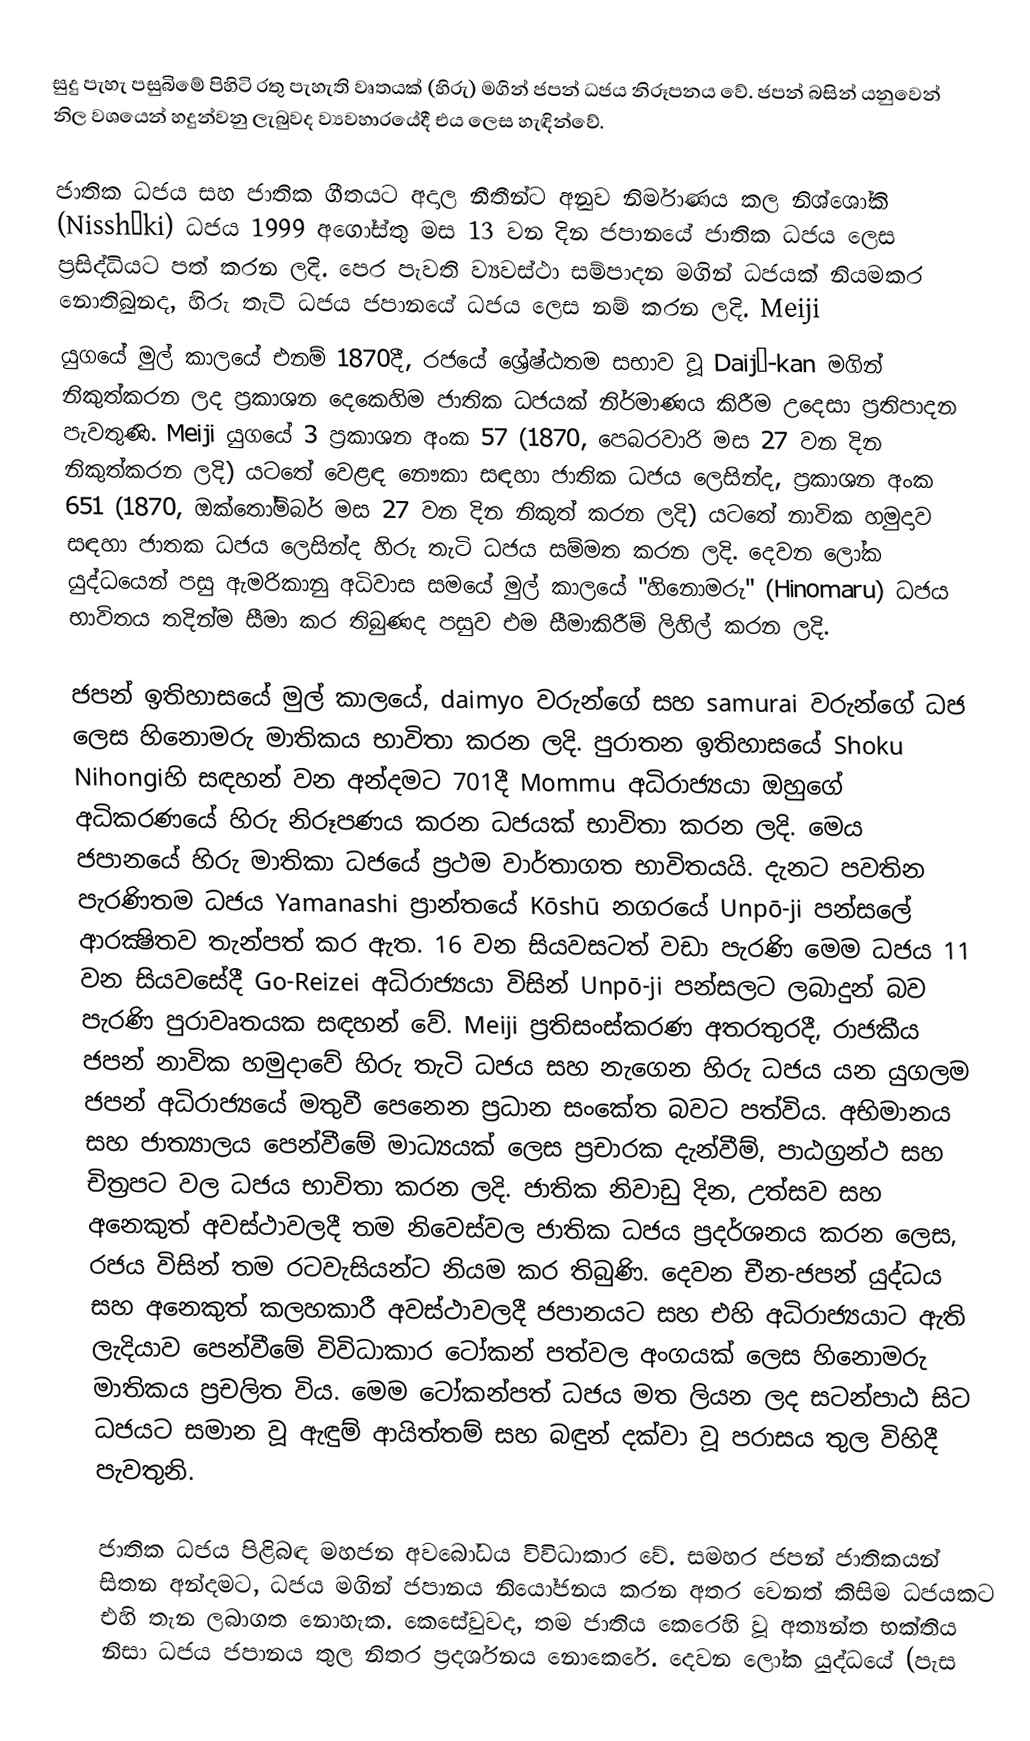
සුදු පැහැ පසුබිමේ පිහිටි රතු පැහැති වෘතයක් (හිරු) මගින් ජපන් ධජය නිරූපනය වේ. ජපන් බසින්    යනුවෙන් නිල වශයෙන් හදුන්වනු ලැබුවද ව්‍යවහාරයේදී එය  ලෙස හැඳින්වේ.

ජාතික ධජය සහ ජාතික ගීතයට අදාල නීතීන්ට අනුව නිර්මාණය කල නිශ්ශෝකි (Nisshōki) ධජය 1999 අගෝස්තු මස 13 වන දින ජපානයේ ජාතික ධජය ලෙස ප්‍රසිද්ධියට පත් කරන ලදි. පෙර පැවති ව්‍යවස්ථා සම්පාදන මගින්  ධජයක් නියමකර නොතිබුනද, හිරු තැටි ධජය ජපානයේ  ධජය ලෙස නම් කරන ලදි. Meiji
යුගයේ මුල් කාලයේ එනම් 1870දී, රජයේ ශ්‍රේෂ්ඨතම සභාව වූ Daijō-kan මගින් නිකුත්කරන ලද ප්‍රකාශන දෙකෙහිම ජාතික ධජයක් නිර්මාණය කිරීම උදෙසා ප්‍රතිපාදන පැවතුණි. Meiji යුගයේ 3 ප්‍රකාශන අංක 57 (1870, පෙබරවාරි මස 27 වන දින නිකුත්කරන ලදි) යටතේ වෙළඳ නෞකා සඳහා ජාතික ධජය ලෙසින්ද, ප්‍රකාශන අංක 651 (1870, ඔක්තෝම්බර් මස 27 වන දින  නිකුත් කරන ලදි) යටතේ නාවික හමුදාව සඳහා ජාතක ධජය ලෙසින්ද හිරු තැටි ධජය සම්මත කරන ලදි. දෙවන ලෝක යුද්ධයෙන් පසු ඇමරිකානු අධිවාස සමයේ මුල් කාලයේ "හිනොමරු" (Hinomaru) ධජය භාවිතය තදින්ම සීමා කර තිබුණද පසුව එම සීමාකිරීම් ලිහිල් කරන ලදි.

ජපන් ඉතිහාසයේ මුල් කාලයේ, daimyo වරුන්ගේ සහ samurai වරුන්ගේ ධජ ලෙස හිනොමරු මාතිකය භාවිතා කරන ලදි. පුරාතන ඉතිහාසයේ Shoku Nihongiහි සඳහන් වන අන්දමට 701දී Mommu අධිරාජ්‍යයා ඔහුගේ අධිකරණයේ හිරු නිරූපණය කරන ධජයක් භාවිතා කරන ලදි. මෙය ජපානයේ හිරු මාතිකා ධජයේ ප්‍රථම වාර්තාගත භාවිතයයි. දැනට පවතින පැරණිතම ධජය Yamanashi ප්‍රාන්තයේ Kōshū නගරයේ Unpō-ji පන්සලේ ආරක්‍ෂිතව තැන්පත් කර ඇත. 16 වන සියවසටත් වඩා පැරණි මෙම ධජය 11 වන සියවසේදී Go-Reizei අධිරාජ්‍යයා විසින් Unpō-ji පන්සලට ලබාදුන් බව පැරණි පුරාවෘතයක සඳහන් වේ. Meiji ප්‍රතිසංස්කරණ අතරතුරදී, රාජකීය ජපන් නාවික හමුදාවේ හිරු තැටි ධජය සහ නැගෙන හිරු ධජය යන යුගලම ජපන් අධිරාජ්‍යයේ මතුවී පෙනෙන ප්‍රධාන සංකේත බවට පත්විය. අභිමානය සහ ජාත්‍යාලය පෙන්වීමේ මාධ්‍යයක් ලෙස ප්‍රචාරක දැන්වීම්, පාඨග්‍රන්ථ සහ චිත්‍රපට වල ධජය භාවිතා කරන ලදි. ජාතික නිවාඩු දින, උත්සව සහ අනෙකුත් අවස්ථාවලදී තම නිවෙස්වල ජාතික ධජය ප්‍රදර්ශනය කරන ලෙස, රජය විසින් තම රටවැසියන්ට නියම කර තිබුණි. දෙවන චීන-ජපන් යුද්ධය සහ අනෙකුත් කලහකාරී අවස්ථාවලදී ජපානයට සහ එහි අධිරාජ්‍යයාට ඇති ලැදියාව පෙන්වීමේ විවිධාකාර ටෝකන් පත්වල අංගයක් ලෙස හිනොමරු මාතිකය ප්‍රචලිත විය. මෙම ටෝකන්පත් ධජය මත ලියන ලද සටන්පාඨ සිට ධජයට සමාන වූ ඇඳුම් ආයිත්තම් සහ බඳුන් දක්වා වූ පරාසය තුල විහිදී පැවතුනි.

ජාතික ධජය පිළිබඳ මහජන අවබෝධය විවිධාකාර වේ. සමහර ජපන් ජාතිකයන් සිතන අන්දමට, ධජය මගින් ජපානය නියෝජනය කරන අතර වෙනත් කිසිම ධජයකට එහි තැන ලබාගත නොහැක.  කෙසේවුවද, තම ජාතිය කෙරෙහි වූ අත්‍යන්ත භක්තිය නිසා ධජය ජපානය තුල නිතර ප්‍රදර්ශනය නොකෙරේ. දෙවන ලෝක යුද්ධයේ (පැස